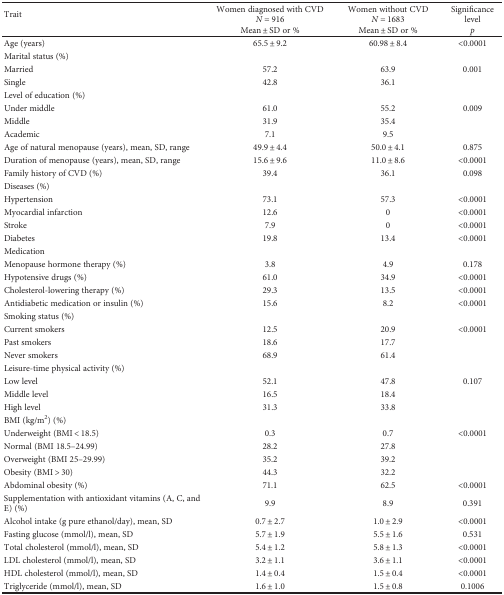
<table><thead><tr><td><b>Trait</b></td><td><b>Women diagnosed with CVD <i>N</i> = 916</b></td><td><b>Women without CVD <i>N</i> = 1683</b></td><td><b>Significance level</b></td></tr><tr><td></td><td><b>Mean ± SD or %</b></td><td><b>Mean ± SD or %</b></td><td><b><i>p</i></b></td></tr></thead><tbody><tr><td>Age (years)</td><td>65.5 ± 9.2</td><td>60.98 ± 8.4</td><td>&lt;0.0001</td></tr><tr><td colspan="4">Marital status (%)</td></tr><tr><td>Married</td><td>57.2</td><td>63.9</td><td>0.001</td></tr><tr><td>Single</td><td>42.8</td><td>36.1</td><td></td></tr><tr><td colspan="4">Level of education (%)</td></tr><tr><td>Under middle</td><td>61.0</td><td>55.2</td><td>0.009</td></tr><tr><td>Middle</td><td>31.9</td><td>35.4</td><td></td></tr><tr><td>Academic</td><td>7.1</td><td>9.5</td><td></td></tr><tr><td>Age of natural menopause (years), mean, SD, range</td><td>49.9 ± 4.4</td><td>50.0 ± 4.1</td><td>0.875</td></tr><tr><td>Duration of menopause (years), mean, SD, range</td><td>15.6 ± 9.6</td><td>11.0 ± 8.6</td><td>&lt;0.0001</td></tr><tr><td>Family history of CVD (%)</td><td>39.4</td><td>36.1</td><td>0.098</td></tr><tr><td colspan="4">Diseases (%)</td></tr><tr><td>Hypertension</td><td>73.1</td><td>57.3</td><td>&lt;0.0001</td></tr><tr><td>Myocardial infarction</td><td>12.6</td><td>0</td><td>&lt;0.0001</td></tr><tr><td>Stroke</td><td>7.9</td><td>0</td><td>&lt;0.0001</td></tr><tr><td>Diabetes</td><td>19.8</td><td>13.4</td><td>&lt;0.0001</td></tr><tr><td>Medication</td><td></td><td></td><td></td></tr><tr><td>Menopause hormone therapy (%)</td><td>3.8</td><td>4.9</td><td>0.178</td></tr><tr><td>Hypotensive drugs (%)</td><td>61.0</td><td>34.9</td><td>&lt;0.0001</td></tr><tr><td>Cholesterol-lowering therapy (%)</td><td>29.3</td><td>13.5</td><td>&lt;0.0001</td></tr><tr><td>Antidiabetic medication or insulin (%)</td><td>15.6</td><td>8.2</td><td>&lt;0.0001</td></tr><tr><td colspan="4">Smoking status (%)</td></tr><tr><td>Current smokers</td><td>12.5</td><td>20.9</td><td>&lt;0.0001</td></tr><tr><td>Past smokers</td><td>18.6</td><td>17.7</td><td></td></tr><tr><td>Never smokers</td><td>68.9</td><td>61.4</td><td></td></tr><tr><td colspan="4">Leisure-time physical activity (%)</td></tr><tr><td>Low level</td><td>52.1</td><td>47.8</td><td>0.107</td></tr><tr><td>Middle level</td><td>16.5</td><td>18.4</td><td></td></tr><tr><td>High level</td><td>31.3</td><td>33.8</td><td></td></tr><tr><td colspan="4">BMI (kg/m<sup>2</sup>) (%)</td></tr><tr><td>Underweight (BMI &lt; 18.5)</td><td>0.3</td><td>0.7</td><td>&lt;0.0001</td></tr><tr><td>Normal (BMI 18.5–24.99)</td><td>28.2</td><td>27.8</td><td></td></tr><tr><td>Overweight (BMI 25–29.99)</td><td>35.2</td><td>39.2</td><td></td></tr><tr><td>Obesity (BMI &gt; 30)</td><td>44.3</td><td>32.2</td><td></td></tr><tr><td>Abdominal obesity (%)</td><td>71.1</td><td>62.5</td><td>&lt;0.0001</td></tr><tr><td>Supplementation with antioxidant vitamins (A, C, and E) (%)</td><td>9.9</td><td>8.9</td><td>0.391</td></tr><tr><td>Alcohol intake (g pure ethanol/day), mean, SD</td><td>0.7 ± 2.7</td><td>1.0 ± 2.9</td><td>&lt;0.0001</td></tr><tr><td>Fasting glucose (mmol/l), mean, SD</td><td>5.7 ± 1.9</td><td>5.5 ± 1.6</td><td>0.531</td></tr><tr><td>Total cholesterol (mmol/l), mean, SD</td><td>5.4 ± 1.2</td><td>5.8 ± 1.3</td><td>&lt;0.0001</td></tr><tr><td>LDL cholesterol (mmol/l), mean, SD</td><td>3.2 ± 1.1</td><td>3.6 ± 1.1</td><td>&lt;0.0001</td></tr><tr><td>HDL cholesterol (mmol/l), mean, SD</td><td>1.4 ± 0.4</td><td>1.5 ± 0.4</td><td>&lt;0.0001</td></tr><tr><td>Triglyceride (mmol/l), mean, SD</td><td>1.6 ± 1.0</td><td>1.5 ± 0.8</td><td>0.1006</td></tr></tbody></table>